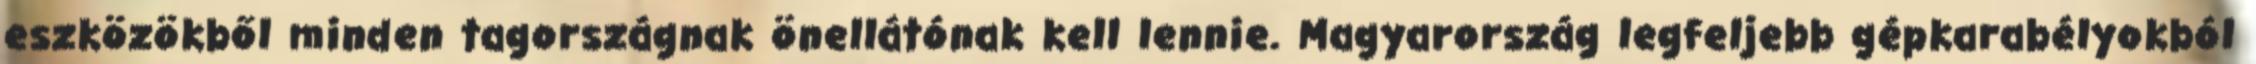
eszközökből minden tagországnak önellátónak kell lennie. Magyarország legfeljebb gépkarabélyokból